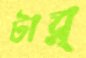
টার্